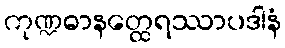
ကုဏ္ဍဓာနတ္ထေရဿာပဒါနံ